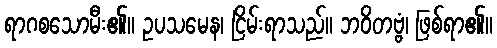
ရာဂစသောမီး၏။ ဥပသမေန၊ ငြိမ်းရာသည်။ ဘဝိတဗ္ဗံ၊ ဖြစ်ရာ၏။